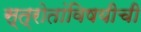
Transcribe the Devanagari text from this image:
स्त्रोतांविषयीची